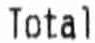
TOTAL